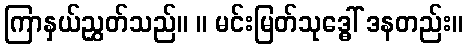
ကြာနှယ်ညွှတ်သည်။ ။ မင်းမြတ်သုဒ္ဓေါ် ဒနတည်း။